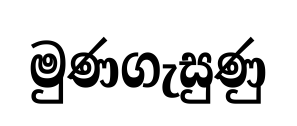
මුණගැසුණු